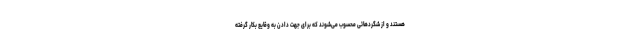
هستند و از شگردهائی محسوب می‌شوند که برای جهت دادن به وقایع بکار گرفته